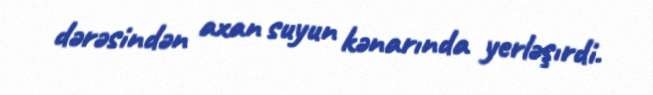
dərəsindən axan suyun kənarında yerləşırdi.